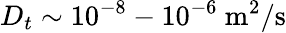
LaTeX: D_{t}\sim 10^{-8}-10^{-6}~\mathrm{m^{2}/s}